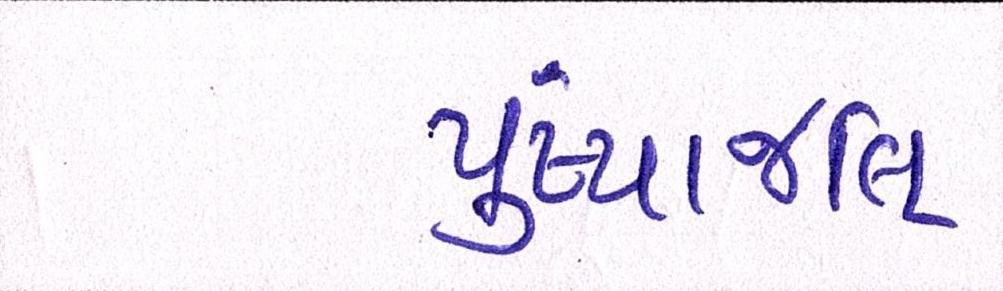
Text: પુંષ્પાજલિ